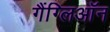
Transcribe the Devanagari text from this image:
गैंग्लिऑन